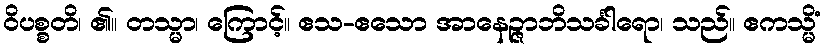
ဝိပစ္စတိ၊ ၏။ တသ္မာ၊ ကြောင့်။ ဧသ-ဧသော အာနေဉ္ဇာဘိသင်္ခါရော၊ သည်။ ဧကသ္မိံ